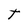
Character: t